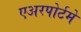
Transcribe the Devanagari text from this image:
एअरपोर्टमे